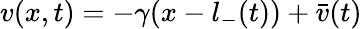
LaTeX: v(x,t)=-\gamma(x-l_{-}(t))+\bar{v}(t)